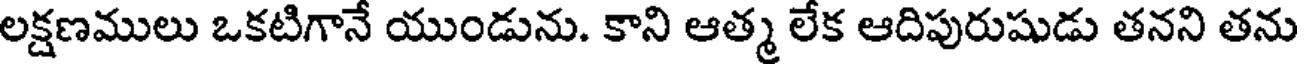
లక్షణములు ఒకటిగానే యుండును. కాని ఆత్మ లేక ఆదిపురుషుడు తనని తను